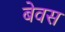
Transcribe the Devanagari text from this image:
बेवस